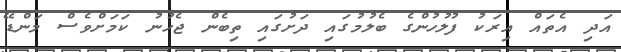
އަދި އެތައް އިރަކު ފުލުހުންގެ ބެލުމުގައި ދަށުގައި ތިބެން ޖެހުނު ކަމަށްވެސް މަންޑޭ